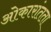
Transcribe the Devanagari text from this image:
ओकारांतता